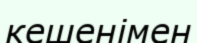
кешенімен